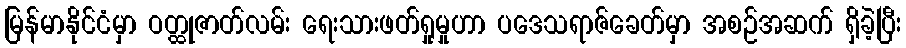
မြန်မာနိုင်ငံမှာ ဝတ္ထုဇာတ်လမ်း ရေးသားဖတ်ရှုမှုဟာ ပဒေသရာဇ်ခေတ်မှာ အစဉ်အဆက် ရှိခဲ့ပြီး